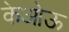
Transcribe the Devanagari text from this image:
केओऊ